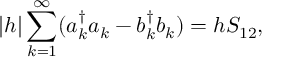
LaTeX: | h | \sum _ { k = 1 } ^ { \infty } ( a _ { k } ^ { \dagger } a _ { k } - b _ { k } ^ { \dagger } b _ { k } ) = h S _ { 1 2 } ,